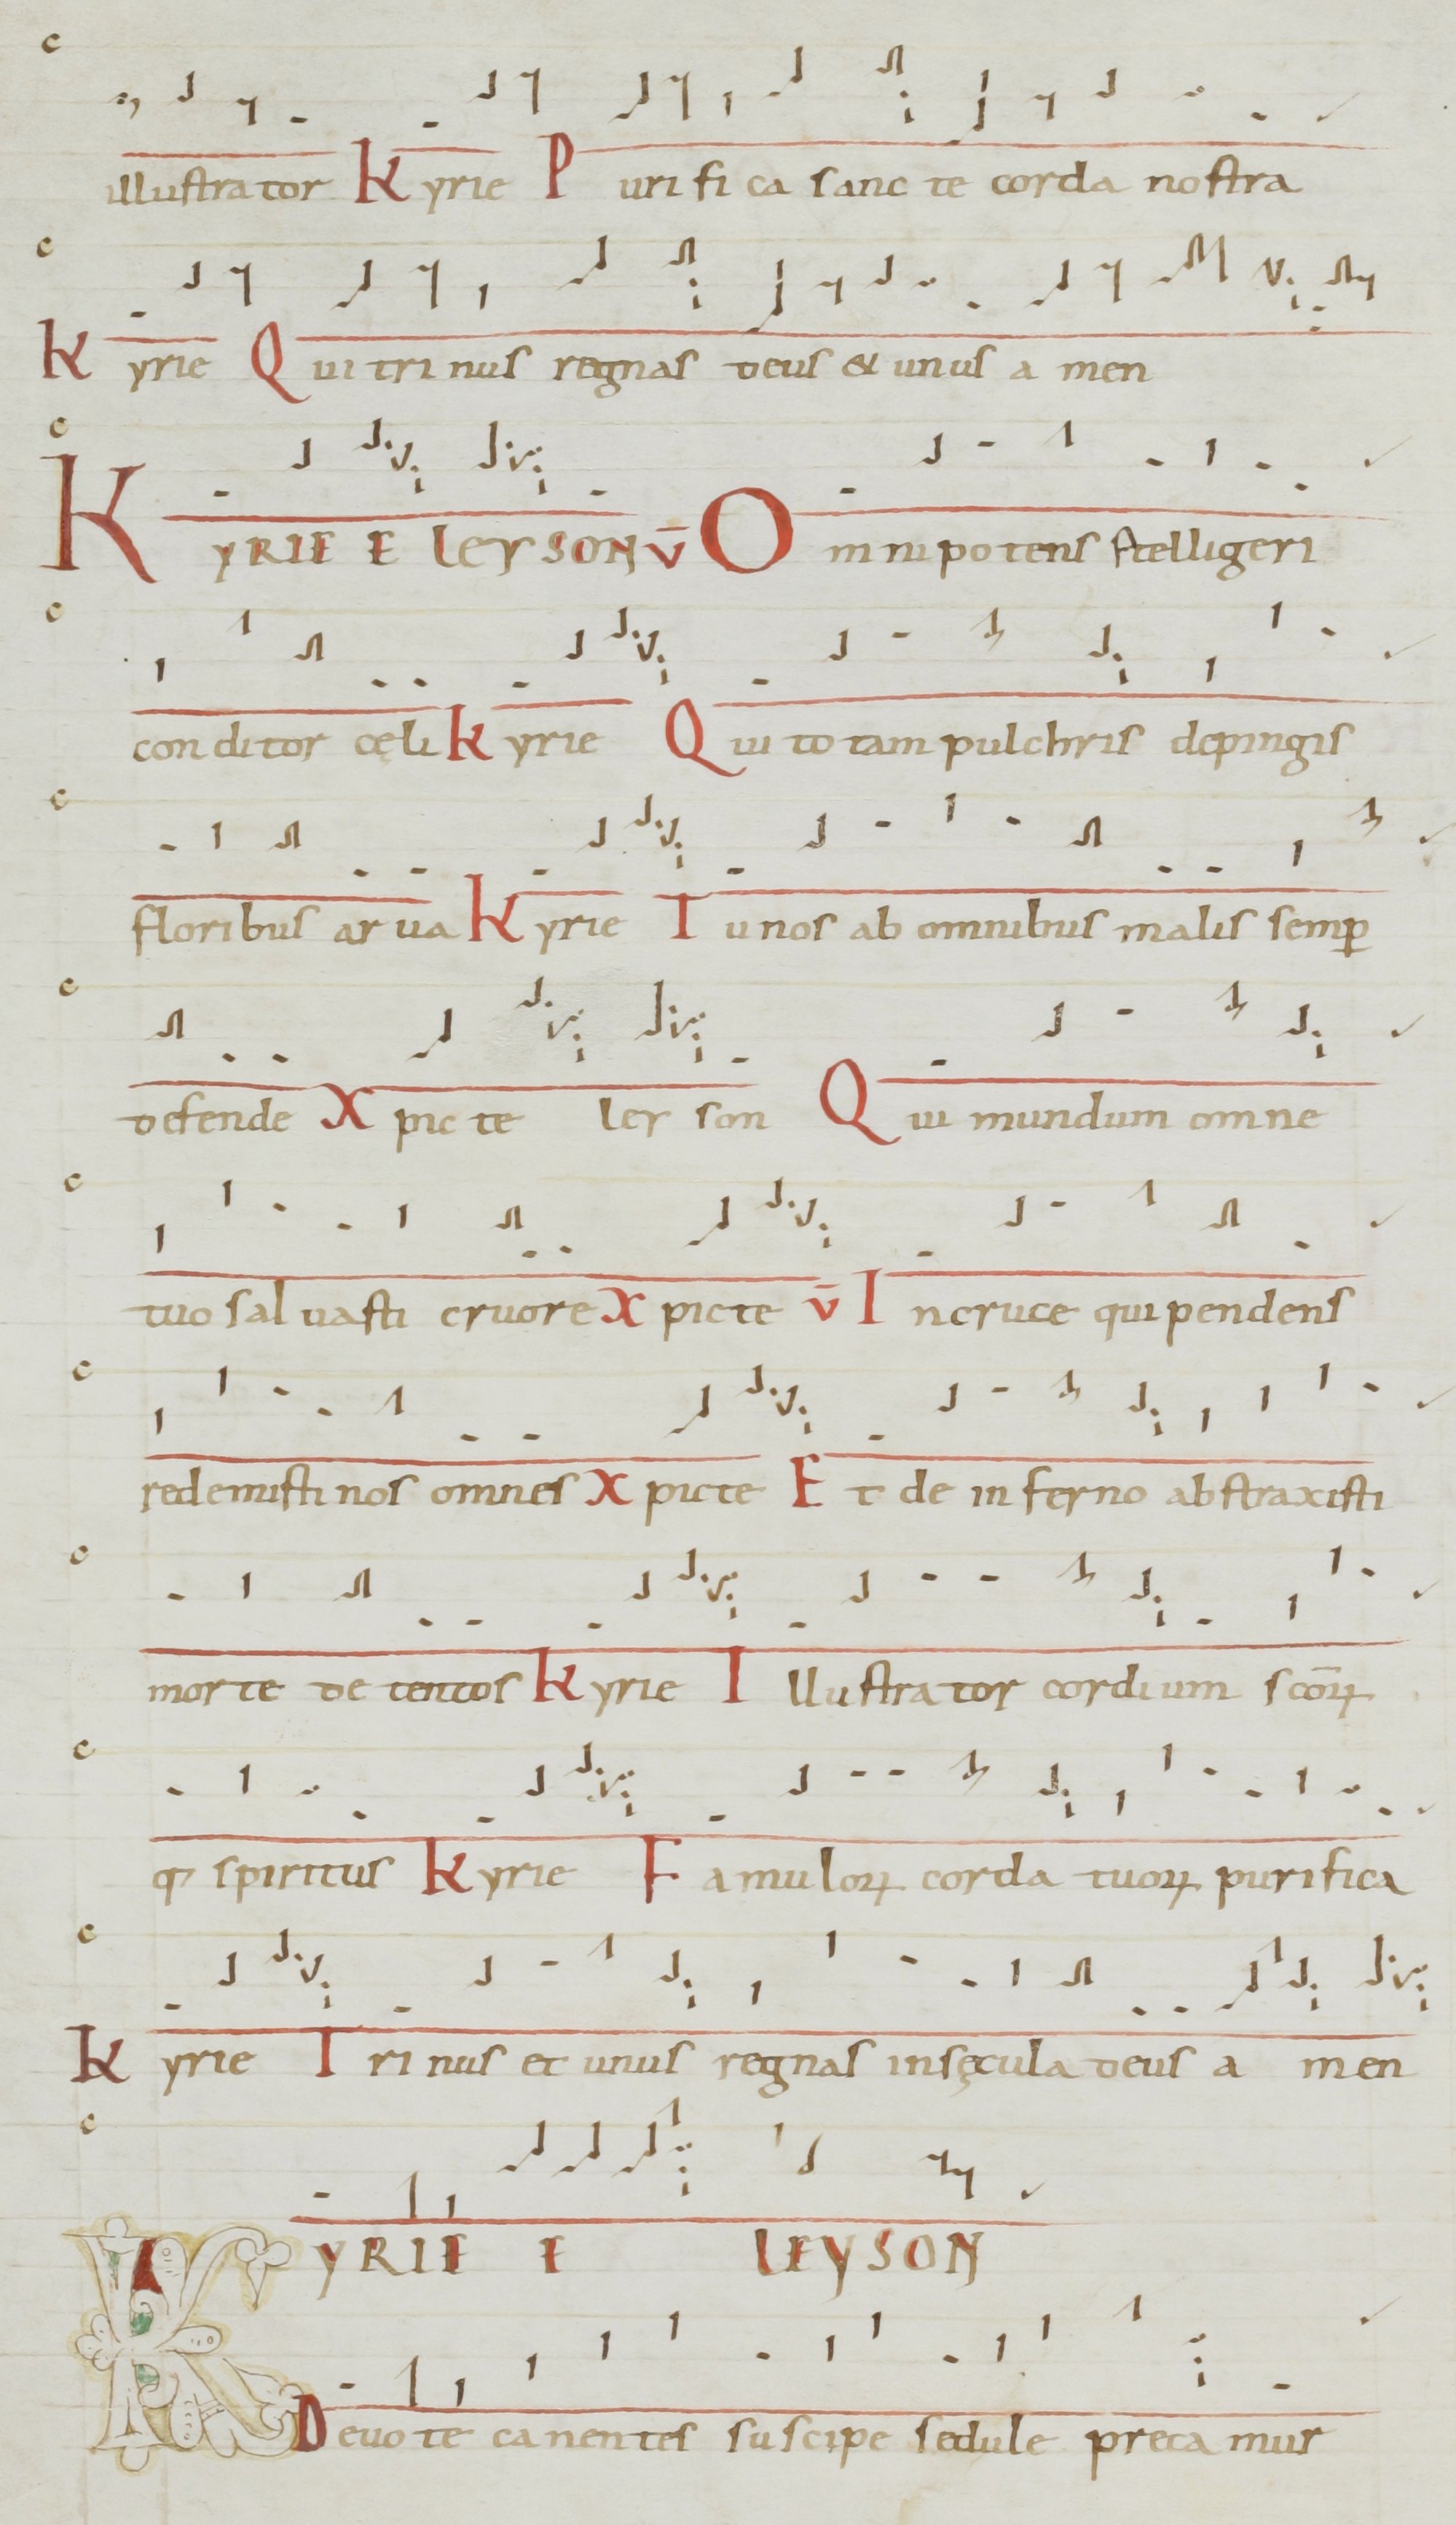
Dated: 1071–1071